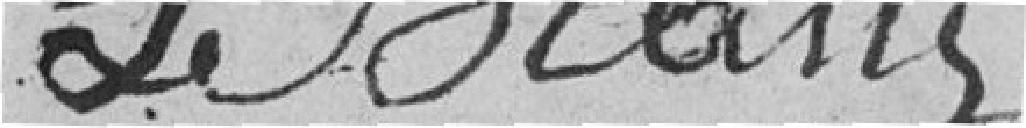
LeBlanc